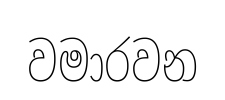
වමාරවන